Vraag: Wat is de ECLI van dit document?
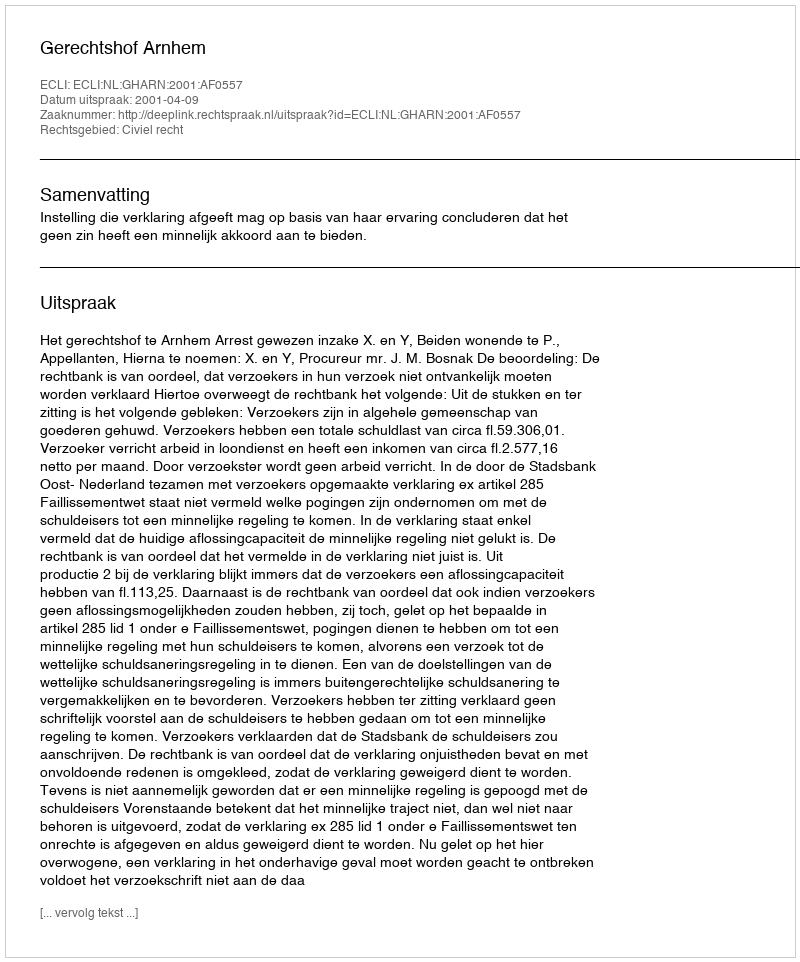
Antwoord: ECLI:NL:GHARN:2001:AF0557